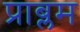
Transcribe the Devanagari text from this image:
प्राब्लम